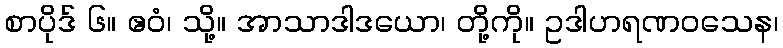
စာပိုဒ် ၆။ ဧဝံ၊ သို့။ အာသာဒါဒယော၊ တို့ကို။ ဥဒါဟရဏဝသေန၊